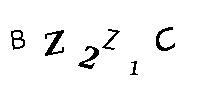
BZ2Z1C